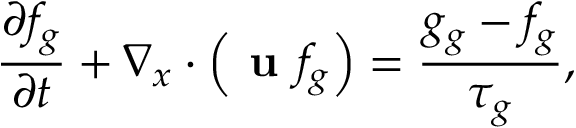
\frac { \partial f _ { g } } { \partial t } + \nabla _ { x } \cdot \left( \textbf { u } f _ { g } \right) = \frac { g _ { g } - f _ { g } } { \tau _ { g } } ,